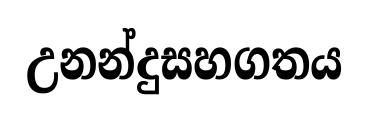
උනන්දුසහගතය